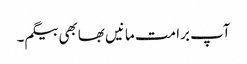
آپ برا مت مانیں بھابھی بیگم۔